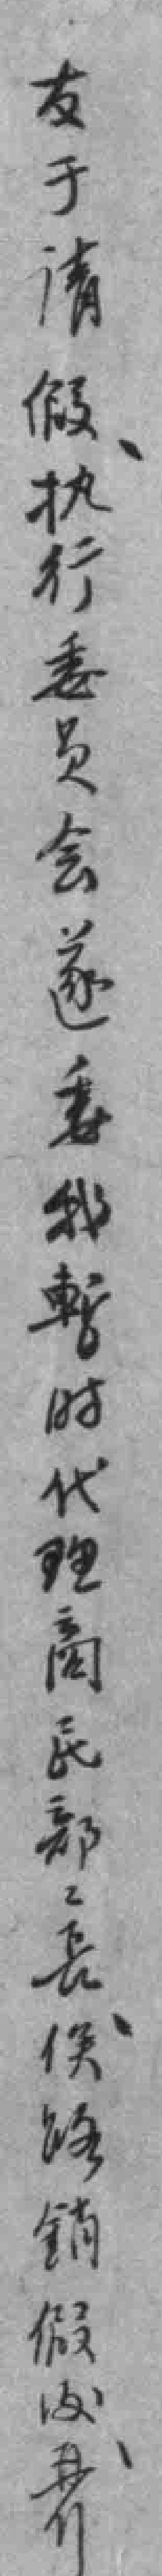
友于请假执行委员会遂委我暫时代理商民部部長俟路銷假後*